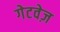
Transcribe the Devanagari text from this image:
गेटवेज़